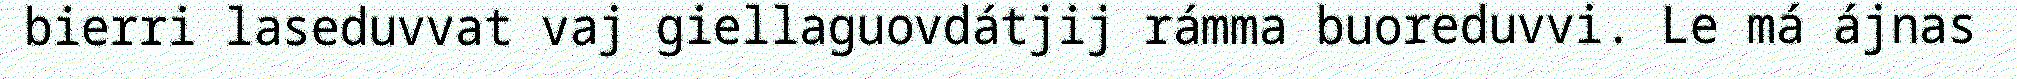
bierri laseduvvat vaj giellaguovdátjij rámma buoreduvvi. Le má ájnas